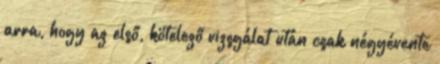
arra, hogy az első, kötelező vizsgálat után csak négyévente